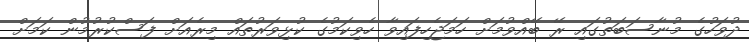
ދުވަހުގެ މުނާސަބަތުގައި ރޭ ބޭއްވުމަށް ހަމަޖެހިފައިވާ ހެވިކަމުގެ ކުޅިވަރުތައް މިރެއަށް ފަސްކުރުމުން ކަމަށް